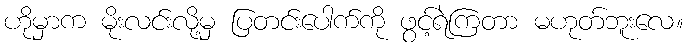
ဟိုမှာက မိုးလင်းလို့မှ ပြတင်းပေါက်ကို ဖွင့်ရဲကြတာ မဟုတ်ဘူးလေ။